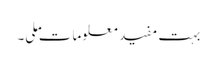
بہت مفید معلومات ملی۔